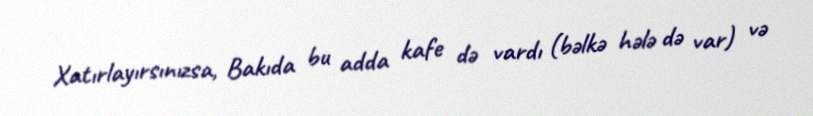
Xatırlayırsınızsa, Bakıda bu adda kafe də vardı (bəlkə hələ də var) və